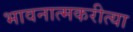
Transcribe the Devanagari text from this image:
भावनात्मकरीत्या